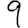
Digit: 9